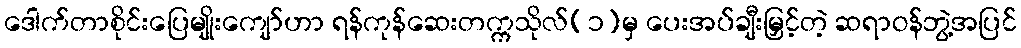
ဒေါက်တာစိုင်းပြေမျိုးကျော်ဟာ ရန်ကုန်ဆေးတက္ကသိုလ်(၁)မှ ပေးအပ်ချီးမြှင့်တဲ့ ဆရာဝန်ဘွဲ့အပြင်